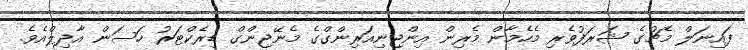
ފައިނަލް މެޗުގެ ޝަރަފުވެރި މެހެމާން މެރިން އިންޖިނިއަރިންގްގެ މެނޭޖިންގް ޑިރެކްޓަރު ހަސަން އާދިލްއެވެ.